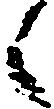
候